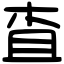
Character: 査